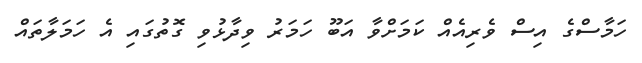
ހަމާސްގެ އިސް ވެރިއެއް ކަމަށްވާ އަބޫ ހަމަރު ވިދާޅުވި ގޮތުގައި އެ ހަމަލާތައް